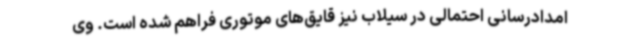
امدادرسانی احتمالی در سیلاب نیز قایق‌های موتوری فراهم شده است. وی